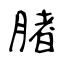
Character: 䐗